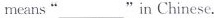
means"___"in Chinese.